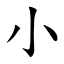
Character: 小